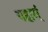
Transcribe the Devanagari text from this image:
यहाम्ं